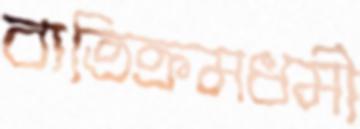
ব্যতিক্রমধর্মী